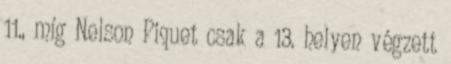
11., míg Nelson Piquet csak a 13. helyen végzett